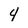
Character: 4